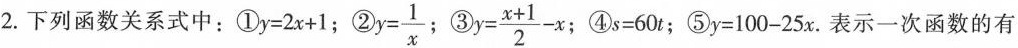
2.下列函数关系式中：①$$y=2x+1$$；②$$y= \frac{1}{x}$$; ③$$y= \frac{x+1}{2}-x$$; ④$$s=60t$$；⑤$$y=100-25x$$.表示一次函数的有